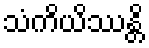
သံကိယိဿန္တိ